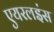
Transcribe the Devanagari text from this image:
एयरलइंस